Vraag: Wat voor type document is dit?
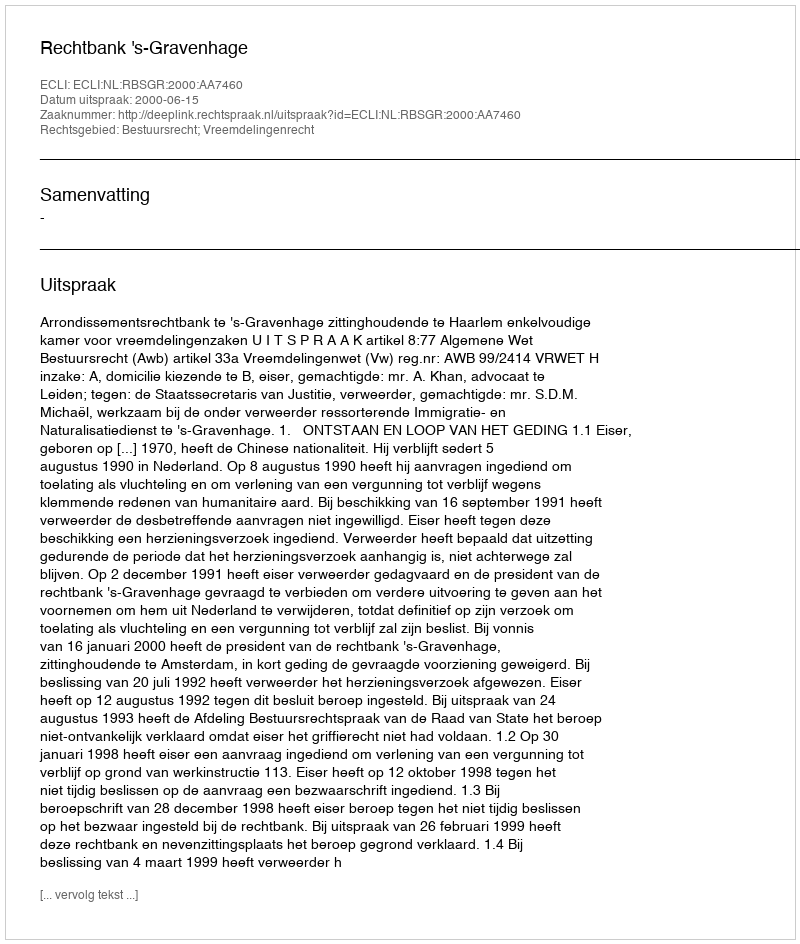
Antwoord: Uitspraak